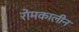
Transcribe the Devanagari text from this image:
रोमकालीन